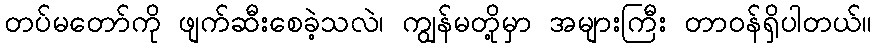
တပ်မတော်ကို ဖျက်ဆီးစေခဲ့သလဲ၊ ကျွန်မတို့မှာ အများကြီး တာဝန်ရှိပါတယ်။